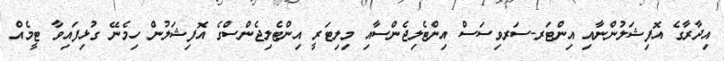
އިދާރާގެ އޮފިޝަލުންނާއި އިންޓަރ-ސަރވިސަސް އިންޓެލިޖެންސާއި މިލިޓަރީ އިންޓެލިޖެންސްގެ އޮފިޝަލުން ހިމެނޭ ގުޅިފައިވާ ޓީމެއް